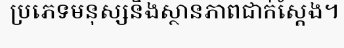
ប្រភេទមនុស្សនិងស្ថានភាពជាក់ស្តែង។